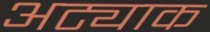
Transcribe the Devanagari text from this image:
अट्याक